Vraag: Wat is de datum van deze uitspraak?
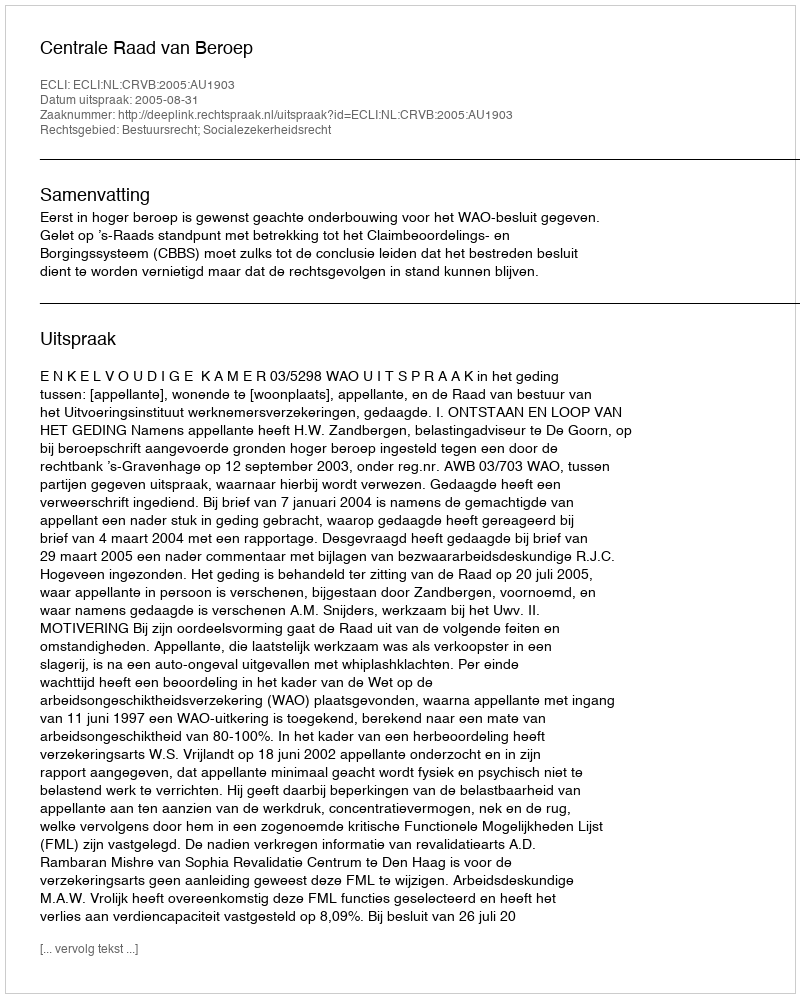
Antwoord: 2005-08-31